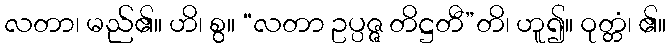
လတာ၊ မည်၏။ ဟိ၊ စွ။ “လတာ ဥပ္ပဇ္ဇ တိဋ္ဌတီ”တိ၊ ဟူ၍။ ဝုတ္တံ၊ ၏။